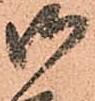
御